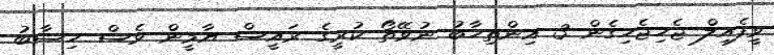
ވީފެއިލް ޖެހިޖެހިގެން 3 އިންތިހާބު ނުވޭތޯ ކުރީގެ ރައީސް ޔާމީން ވެސް ހިސާބު